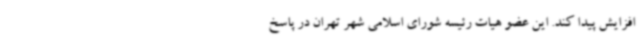
افزایش پیدا کند. این عضو هیات رئیسه شورای اسلامی شهر تهران در پاسخ